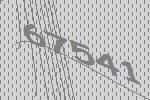
67541